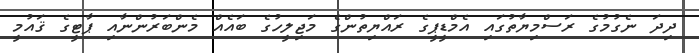
ދިދަ ނެގުމުގެ ރަސްމިޔާތުގައި އެމްޑީޕީގެ ރައްޔިތުންގެ މަޖިލީހުގެ ބައެއް މެންބަރުންނާއި ޕާޓީގެ ޤައުމީ